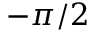
- \pi / 2